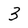
Character: 3